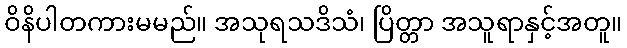
ဝိနိပါတကားမမည်။ အသုရသဒိသံ၊ ပြိတ္တာ အသူရာနှင့်အတူ။